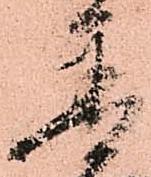
普